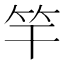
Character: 竿